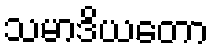
သမာဒိယတော